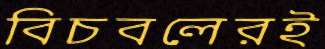
বিচবলেরই